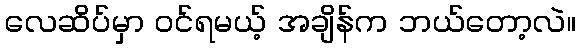
လေဆိပ်မှာ ဝင်ရမယ့် အချိန်က ဘယ်တော့လဲ။